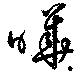
曄